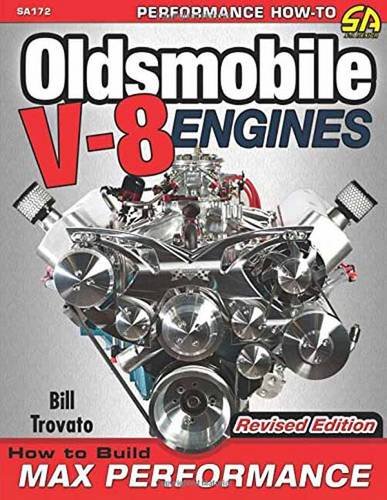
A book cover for Oldsmobile V-8 Engines: How to Build Max Performance; Bill Trovato; Engineering & Transportation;